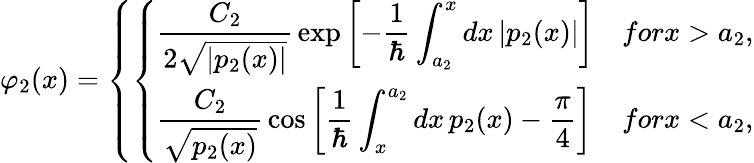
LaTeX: \varphi_{2}(x)=\left\{ \left\{ \begin{array}{ll}{{\displaystyle{\frac{C_{2}}{2\sqrt{|p_{2}(x)|}}}\exp\left[-{\frac{1}{\hbar}}\int_{a_{2}}^{x}dx\, |p_{2}(x)|\right]}}&{{forx>a_{2},}}\\ {{\displaystyle{\frac{C_{2}}{\sqrt{p_{2}(x)}}}\cos\left[{\frac{1}{\hbar}}\int_{x}^{a_{2}}dx\, p_{2}(x)-{\frac{\pi}{4}}\right]}}&{{forx<a_{2},}}\end{array}\right.\right.